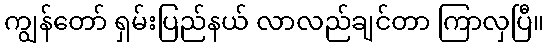
ကျွန်တော် ရှမ်းပြည်နယ် လာလည်ချင်တာ ကြာလှပြီ။